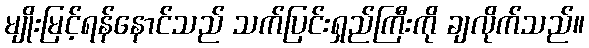
မျိုးမြင့်ရန်နောင်သည် သက်ပြင်းရှည်ကြီးကို ချလိုက်သည်။